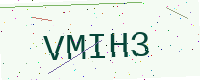
Text: VMIH3